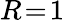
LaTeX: R\! =\! 1